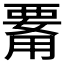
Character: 𤰊